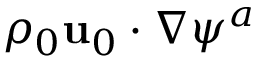
\rho _ { 0 } \mathbf { u } _ { 0 } \cdot \nabla \psi ^ { a }